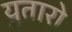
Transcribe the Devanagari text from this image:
र्‍युतारो